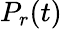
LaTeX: P_{r}(t)